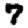
Digit: 7